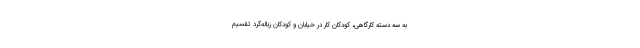
به سه دسته کارگاهی، کودکان ‌کار در خیابان و کودکان زباله‌گرد تقسیم